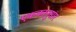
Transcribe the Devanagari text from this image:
एककानुसार